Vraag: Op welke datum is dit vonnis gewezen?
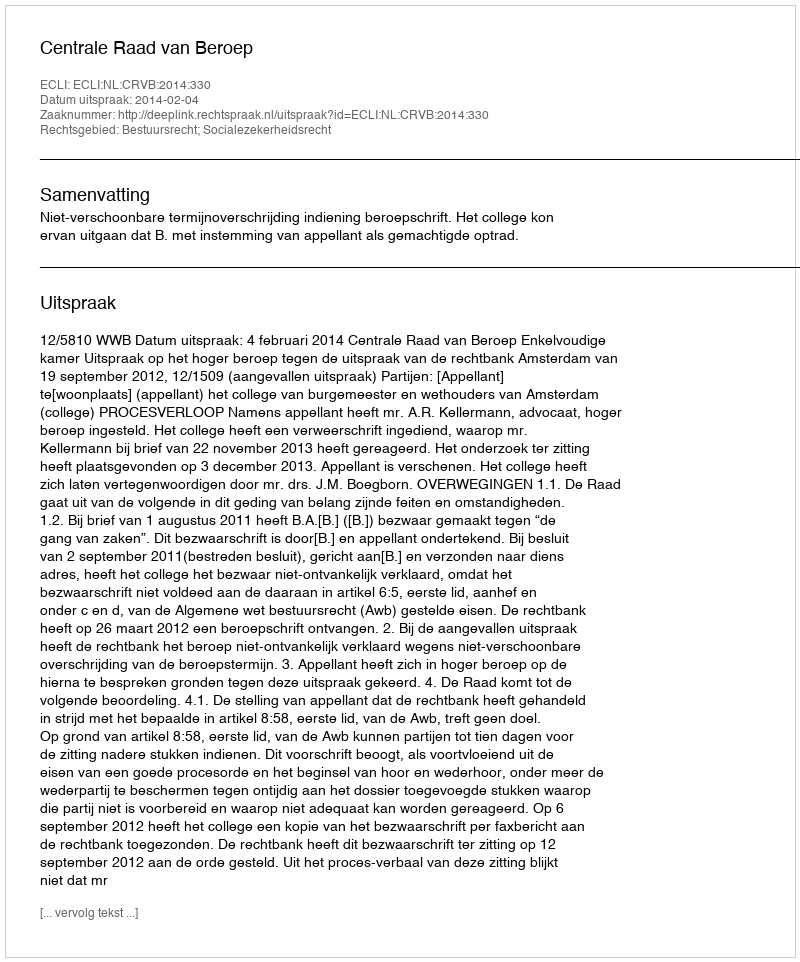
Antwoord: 2014-02-04